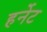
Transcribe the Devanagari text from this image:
हर्नेट